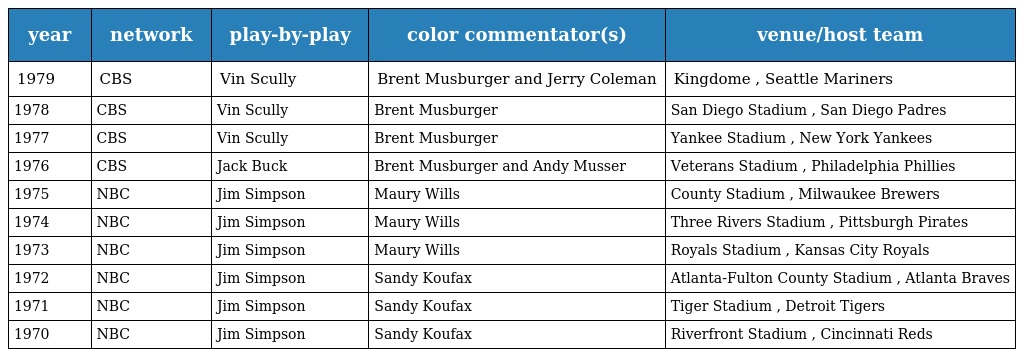
| year | network | play-by-play | color commentator(s) | venue/host team |
 | --- | --- | --- | --- | --- |
 | 1979 | CBS | Vin Scully | Brent Musburger and Jerry Coleman | Kingdome , Seattle Mariners |
 | 1978 | CBS | Vin Scully | Brent Musburger | San Diego Stadium , San Diego Padres |
 | 1977 | CBS | Vin Scully | Brent Musburger | Yankee Stadium , New York Yankees |
 | 1976 | CBS | Jack Buck | Brent Musburger and Andy Musser | Veterans Stadium , Philadelphia Phillies |
 | 1975 | NBC | Jim Simpson | Maury Wills | County Stadium , Milwaukee Brewers |
 | 1974 | NBC | Jim Simpson | Maury Wills | Three Rivers Stadium , Pittsburgh Pirates |
 | 1973 | NBC | Jim Simpson | Maury Wills | Royals Stadium , Kansas City Royals |
 | 1972 | NBC | Jim Simpson | Sandy Koufax | Atlanta-Fulton County Stadium , Atlanta Braves |
 | 1971 | NBC | Jim Simpson | Sandy Koufax | Tiger Stadium , Detroit Tigers |
 | 1970 | NBC | Jim Simpson | Sandy Koufax | Riverfront Stadium , Cincinnati Reds |